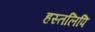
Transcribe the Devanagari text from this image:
हस्‍तलिपि